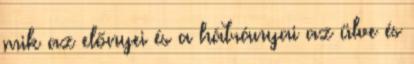
mik az előnyei és a hátrányai az ülve és